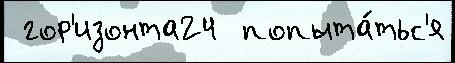
 гор'изонта24  попыта́тьс'я